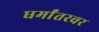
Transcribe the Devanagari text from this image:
धर्मांतरवर